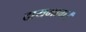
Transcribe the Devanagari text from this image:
दायभाग।